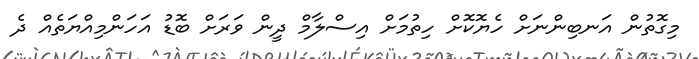
މިގޮތުން އަނބިންނަށް ހެޔޮކޮށް ހިތުމަށް އިސްލާމް ދީން ވަރަށް ބޮޑު އަހަންމިއްޔަތެއް ދެ